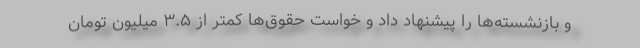
و بازنشسته‌ها را پیشنهاد داد و خواست حقوق‌ها کمتر از ۳.۵ میلیون تومان